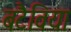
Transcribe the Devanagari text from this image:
बटैविया